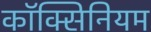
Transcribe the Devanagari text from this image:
कॉक्सिनियम